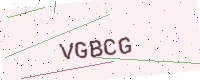
Text: VGBCG